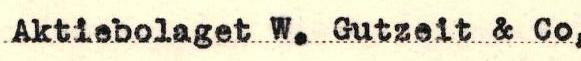
Aktiebolaget W. Gutzeit & Co